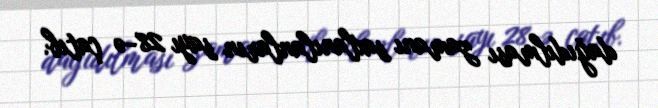
dağıdılması zamanı saxlanılanların sayı 28-ə çatıb.